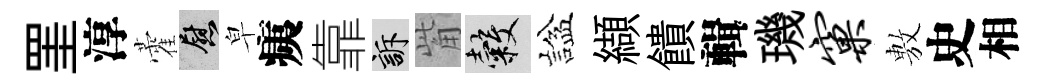
罣淳藿慰皁痍靠訴觜穀諡纈饋輯璣窠𢾾史相